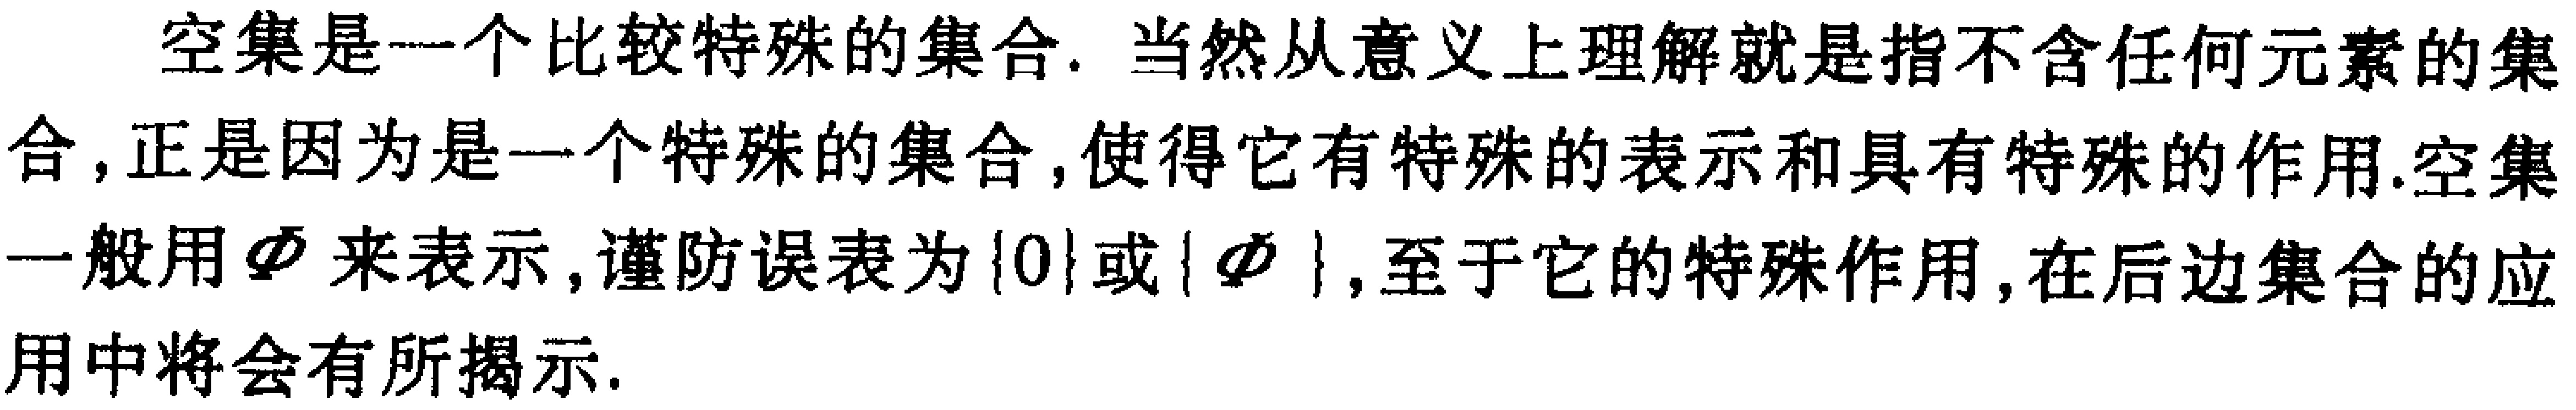
空集是一个比较特殊的集合. 当然从意义上理解就是指不含任何元素的集合, 正是因为是一个特殊的集合, 使得它有特殊的表示和具有特殊的作用.空集一般用$\varnothing$来表示, 谨防误表为$\{0\}$或$\{\varnothing\}$, 至于它的特殊作用, 在后边集合的应用中将会有所揭示.